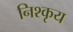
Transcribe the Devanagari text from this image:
निश्कृय